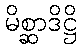
မိစ္ဆာဒိဋ္ဌိ